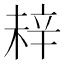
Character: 𬨗